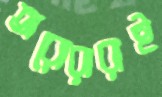
অরোরারাই